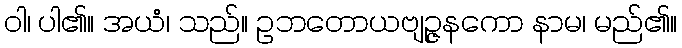
ဝါ၊ ပါ၏။ အယံ၊ သည်။ ဥဘတောယဗျဉ္ဇနကော နာမ၊ မည်၏။